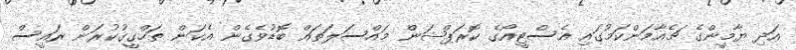
އަދި ޔާމީންގެ ޗެއާމަންކަމުގައި އެސްޓީއޯގެ ކޮރަޕްޝަން މައްސަލަތައް ބޮޑުވެގެން އެކަން ތަހްގީގުކުރަން ރައީސް